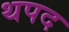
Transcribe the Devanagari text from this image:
थपद